system: You are a helpful assistant.
user:
Analyze the provided spectrum to determine if it is a **White Dwarf (WD)**.

A White Dwarf spectrum is defined by its **extreme purity** (due to gravitational settling) and/or **extreme pressure broadening** (due to high surface gravity). You must check for one of the following mutually exclusive signatures:

- **Key Visual Indicators (Check for ONE of these types):**

    - **1. DA-Type Signature (Most Common):**
        - **(Primary Feature):** Extreme pressure broadening (Stark broadening) of the **Hydrogen (H) Balmer lines**.
        - **(Key Lines):** $H\beta$ (approx. $4861$ Å) and $H\gamma$ (approx. $4340$ Å). $H\alpha$ (approx. $6563$ Å) will also be present if the wavelength range covers it.
        - **(Line Profile):** This is the **defining feature**. The lines are **NOT** sharp. They appear as massive, **extremely broad and deep "troughs" or "dips"** in the spectrum, often hundreds of Ångströms wide. The continuum will appear to "scoop" down at these wavelengths.
        - **(Distinction):** Normal A-type or B-type stars have *narrow* and *sharp* Hydrogen lines. A DA White Dwarf's lines are unmistakably "smeared" or "blurry" from pressure.

    - **2. DB-Type Signature:**
        - **(Primary Feature):** Broad absorption lines from **Neutral Helium (He I)**. The spectrum must lack any visible Hydrogen lines.
        - **(Key Lines):** Look for broad absorption near $4471$ Å, $4921$ Å, and $5876$ Å.
        - **(Line Profile):** These lines are also significantly pressure-broadened, appearing much wider than they would in a normal B-type main-sequence star.

    - **3. DC-Type Signature:**
        - **(Primary Feature):** A **featureless continuous spectrum**.
        - **(Line Profile):** The spectrum is a smooth curve with **no significant absorption or emission lines**.
        - **(Key Confirmation):** The continuum is almost always **blue or white**, indicating a hot object. This signature implies the atmosphere is so pure (or so cool) that no spectral lines are visible in the optical range. Its WD identity is confirmed by its extremely low intrinsic brightness (high absolute magnitude).

    - **4. DZ-Type Signature (Metal-Polluted):**
        - **(Primary Feature):** **Isolated, narrow metal absorption lines** on an otherwise featureless (DC-like) continuum.
        - **(Key Lines):** The **Calcium (Ca II) H & K doublet** (approx. **$3934$ Å** and **$3968$ Å**) is the most common and defining feature.
        - **(Line Profile):** These lines are "out of place." They are *not* part of a "forest" of thousands of lines. This signature is evidence of recent *accretion* (pollution) from rocky debris.
        - **(Distinction):** Normal G/K/M stars have a *dense forest* of thousands of metal lines. A DZ has a *clean* continuum with *only a few* strong metal lines.

    - **5. DQ-Type Signature (Carbon-Polluted):**
        - **(Primary Feature):** Absorption bands from **Carbon (C₂ "Swan Bands" or atomic C I)**.
        - **(Key Lines - C₂):** Look for bandheads with a "saw-tooth" shape near $5635$ Å, **$5165$ Å** (strongest), and $4737$ Å.
        - **(Key Confirmation):** The underlying **continuum must be blue or white** (hot).
        - **(Distinction):** This is the critical difference from a **Carbon Star**, which has the *exact same* C₂ bands but on an extremely **red, cool** continuum.

- **(Overall Spectrum):**
    - The continuum (overall shape) is typically **blue-sloping** (brighter in the blue than the red), as most white dwarfs are very hot.
    - The spectrum will look "pure" or "simple," dominated by only *one* of the five signatures listed above.

Think first, call **spectral_visualization_tool** if needed to examine features in detail, then provide your final answer. Your response must adhere to the following strict rules:
1.  **Overall Structure:** Your response must follow the format `<think>...</think> <tool_call>...</tool_call> (if a tool is used) <answer>...</answer>`.
2.  **Tool Usage Constraint:** You may only make **one** tool call per turn.
3.  **Final Answer Format:** In the `<answer>` tag, your conclusion must be inside a `\boxed{}` command (e.g., `\boxed{YES}` or `\boxed{NO}`), followed by your justification.

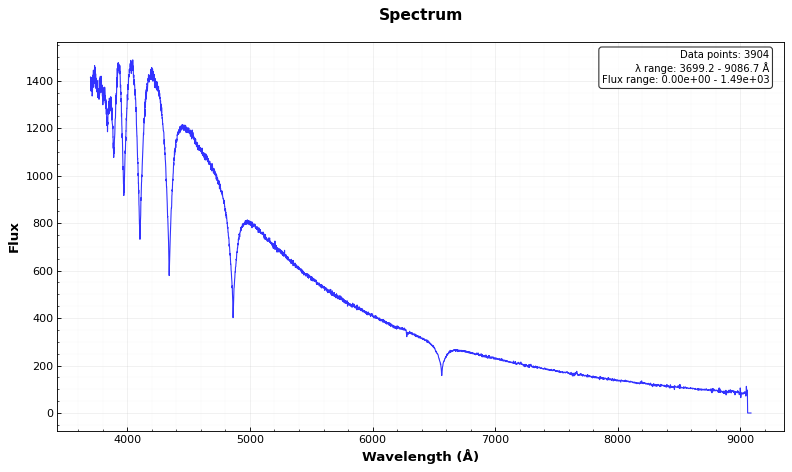
Answer: YES